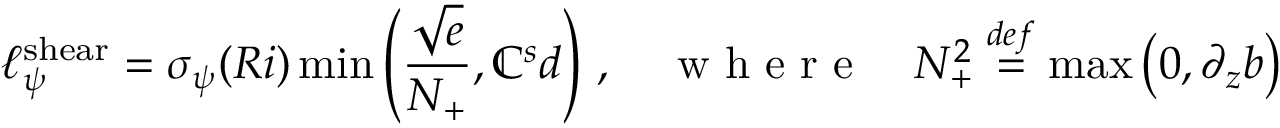
\ell _ { \psi } ^ { \mathrm { { s h e a r } } } = \sigma _ { \psi } ( R i ) \operatorname* { m i n } \left( \frac { \sqrt { e } } { N _ { + } } , \mathbb { C } _ { } ^ { s } d \right) \, , \quad \mathrm { ~ w ~ h ~ e ~ r ~ e ~ } \quad N _ { + } ^ { 2 } \ensuremath { \stackrel { \r { d e f } } { = } } \operatorname* { m a x } \left( 0 , \partial _ { z } b \right)